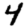
Digit: 4